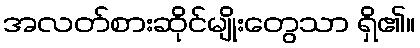
အလတ်စားဆိုင်မျိုးတွေသာ ရှိ၏။